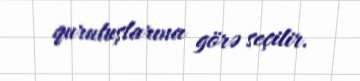
quruluşlarına görə seçilir.